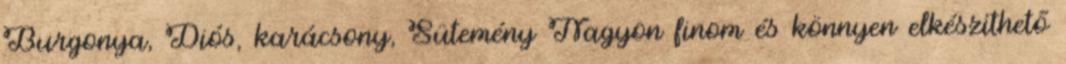
Burgonya, Diós, karácsony, Sütemény Nagyon finom és könnyen elkészíthető